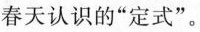
春天认识的”定式”。